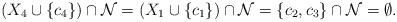
LaTeX: \begin{align*}(X_4\cup\{c_4\})\cap {\cal N}=(X_1\cup\{c_1\})\cap {\cal N}=\{c_2, c_3\}\cap {\cal N}=\emptyset.\end{align*}